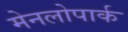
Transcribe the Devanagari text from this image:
मेनलोपार्क